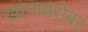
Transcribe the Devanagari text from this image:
खानाबरोबर